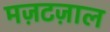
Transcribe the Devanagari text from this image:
मज़टज़ाल